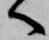
へ